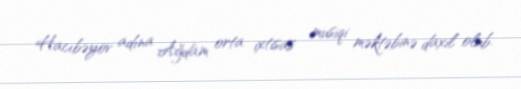
Hacıbəyov adına Ağdam orta ixtisas musiqi məktəbinə daxil olub.